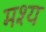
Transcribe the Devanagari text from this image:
मश्य